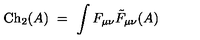
\mathrm { C h } _ { 2 } ( A ) \ = \ \int F _ { \mu \nu } { \tilde { F } } _ { \mu \nu } ( A )